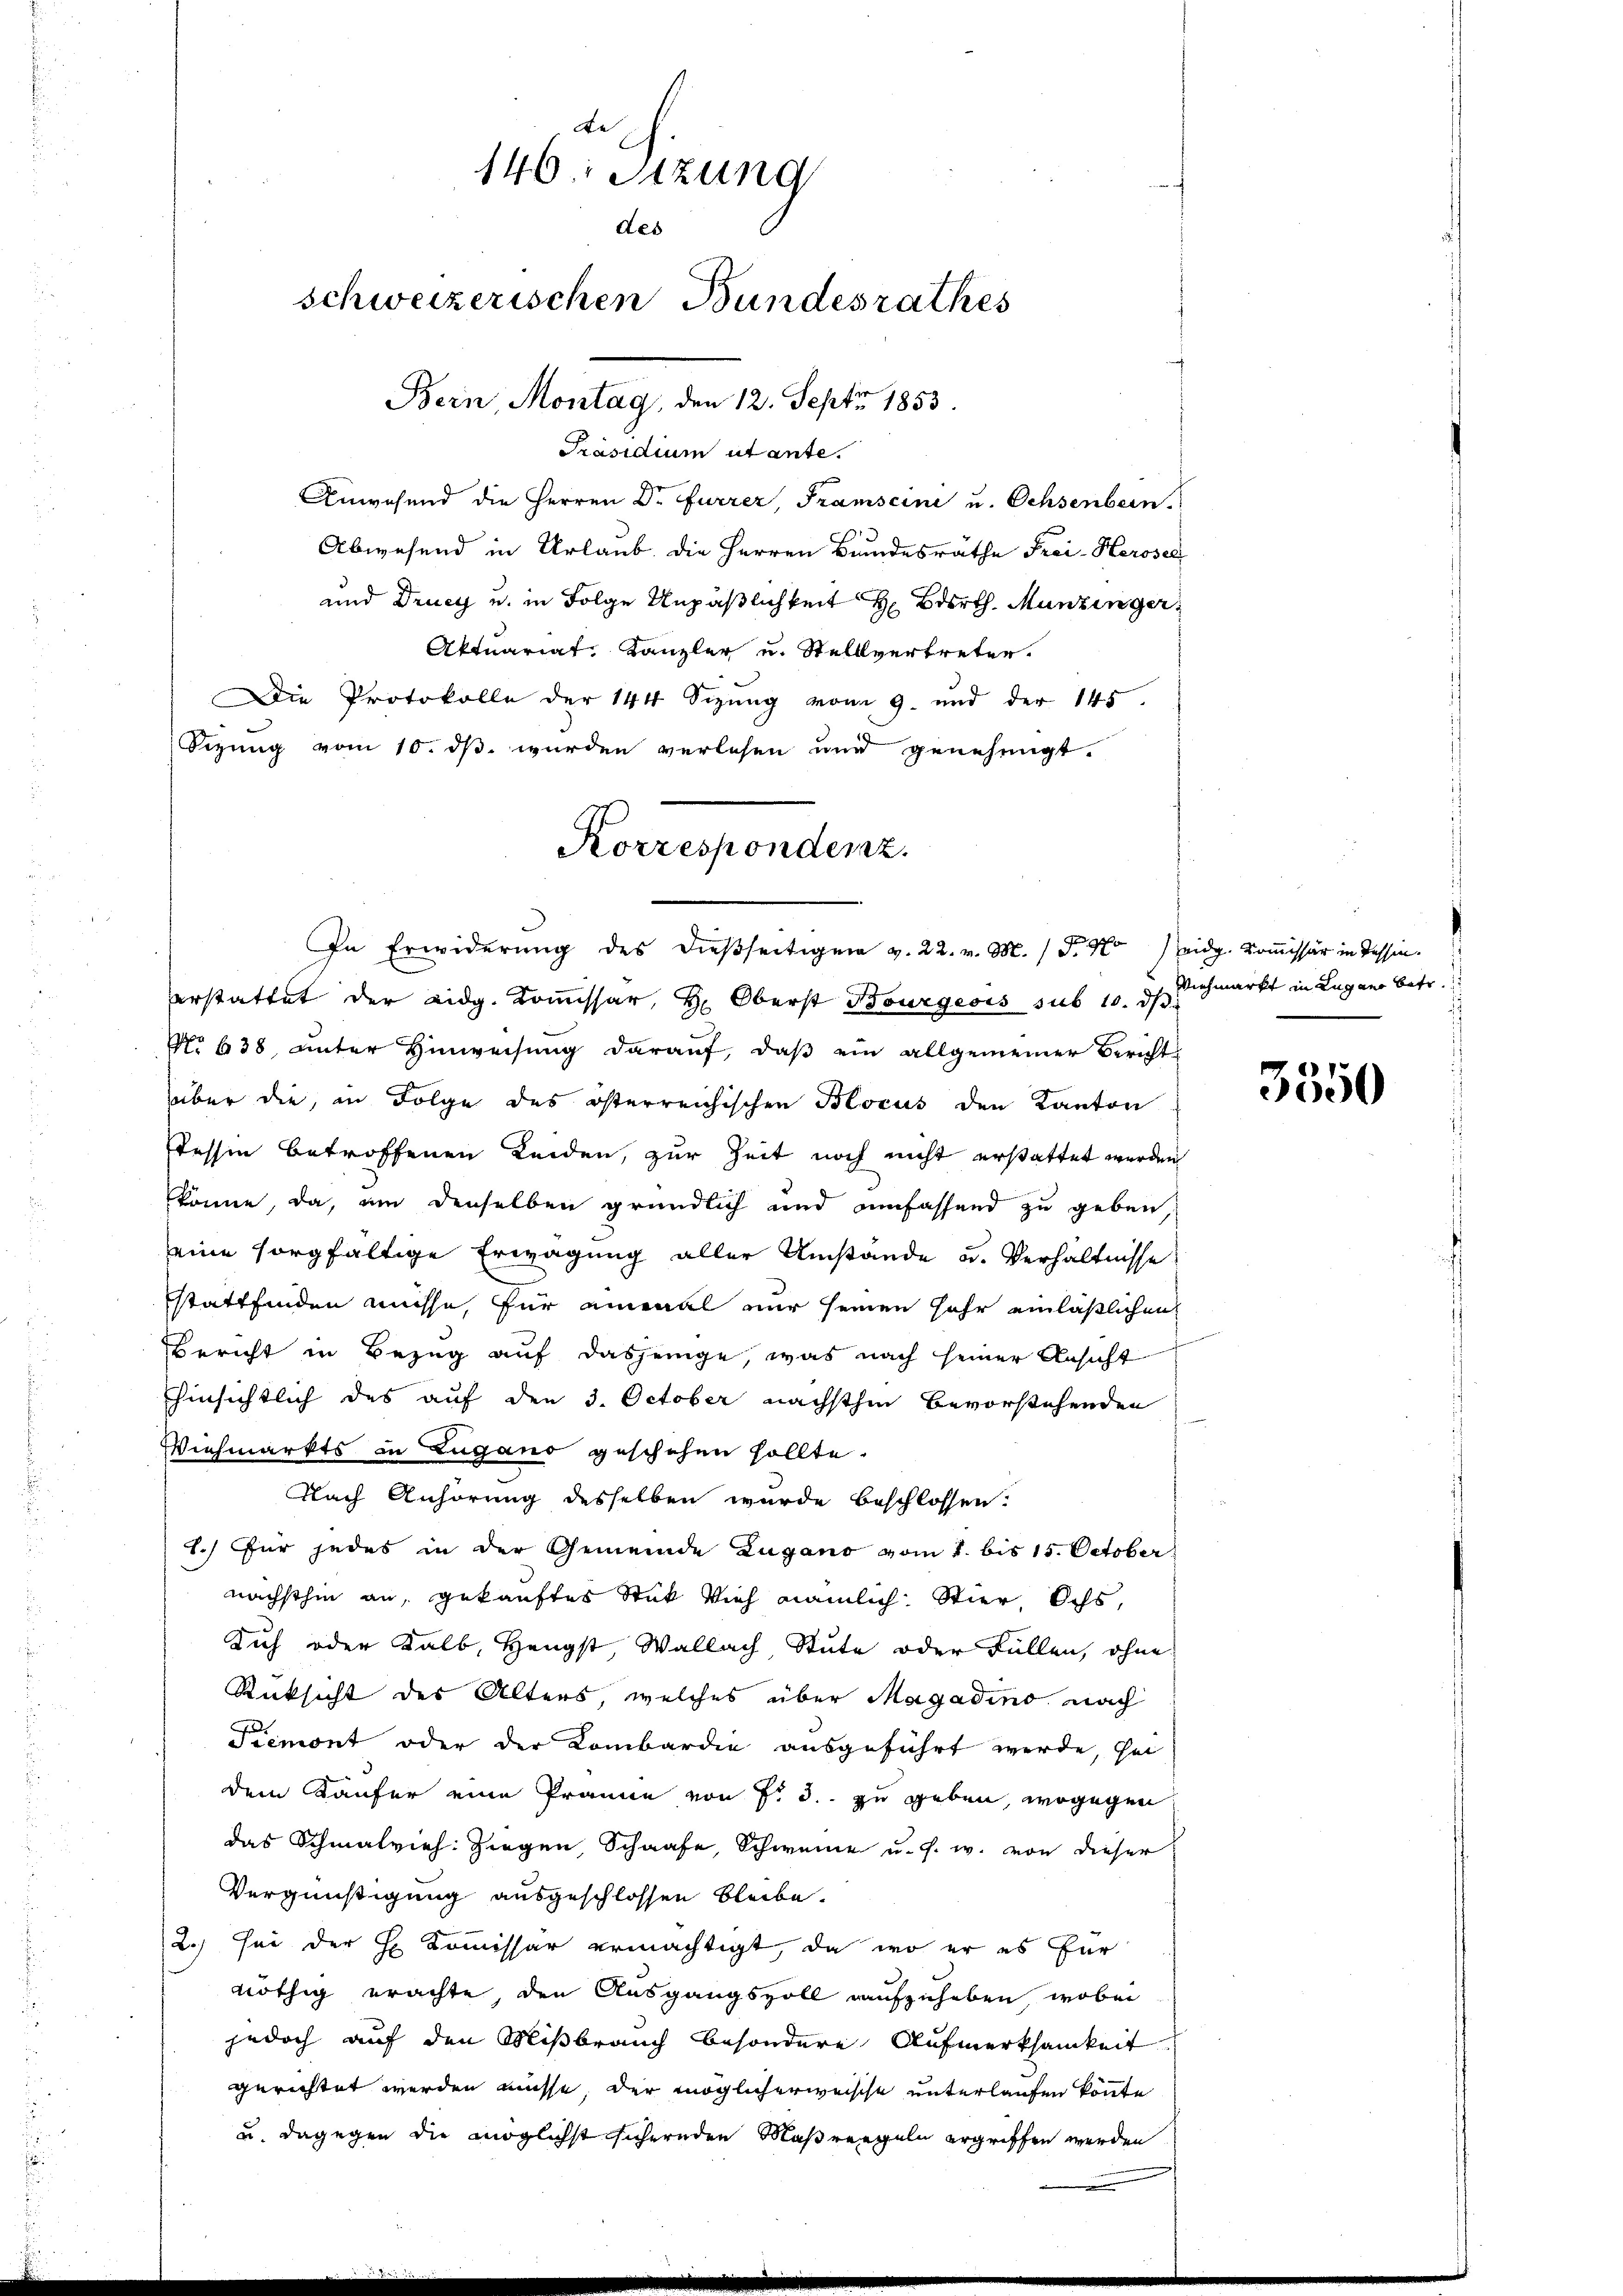
te
146: Sitzung
des
schweizerischen Bundesrathes
Bern, Montag, den 12. Sept 1853.

Präsidium utante.
Anwesend die Herren Dr Furrer, Tramscini u. Ochsenbein.
Abwesend in Urlaub die Herren Bundesrathe Frei-Keroser
und Druck u. in Folge Unpäßlichkeit H. Barth. Munzinger
Aktuariat, Kanzler u. Stellvertreten.
Die Protokolle der 144 Sizung vom 9. und der 145.
Sizung vom 10. dß wurden verlesen und genehmigt.
verstattet der Eidg. Kommissär, H. Oberst Bourgeois sub 10. dβ
No 638 unter Hinweisŭng daraŭf, daβ ein allgemeiner Bericht
über die, in Folge des österreichischen Blocus den Kanton
tessin betroffenen Leiden, zur Zeit noch nicht erstattet werden
könne, da, um denselben gründlich und umfassend zu geben,
seine sorgfältige Erwägung aller Umstände u. Verhältnisse
stattfinden müsse, für einmal nur seinen sehr einläßlichen
Bericht in Bezug auf dasjenige, was nach seiner Ansicht
hinsichtlich des auf den 3. October nächsthin bevorstehenden
Viehmarkts in Zugano geschehen sollte.
Nach Anhörung desselben wurde beschlossen:
1.) Für jedes in der Gemeinde Zugano vom 1. bis 15. October
nächsthin an, gekauftes Stük Vieh nämlich. Stier, Ochs,
Dich oder Kalb, Hengst, Wallach Stute oder Füllen, ohne
Rücksicht des Alters, welches über Magadino nach
Piemont oder der Kombardie ausgeführt werde, sei
dem Käufer eine Prämie von fr 3. zu geben, wogegen
das Schmalvieh: Ziegen, Schaafe, Schweine u. s. w. von dieser
Vergnüstigung ausgeschlossen bleibe.
2.) sei der H. Kommissar ermächtigt, da wo er es für
nöthig erachte, den Ausgangsvoll aufzuheben, wobei
jedoch auf den Mißbrauch besondere Aufmerksamkeit
gerichtet werden müsse, der möglicherweische unterlaufen könnte
u. dagegen die möglichst sichernden Maßregeln ergriffen werden

Korrespondenz.
In Erwiderŭng des dießseitigen v. 22. v. M. D. M. eidg. Kommissär in Tessin.

3350

Viehmarkt in Lugano betr.